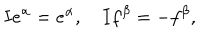
LaTeX: I e ^ { \alpha } = e ^ { \alpha } , \quad I f ^ { \beta } = - f ^ { \beta } ,